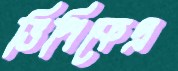
ভিপিকেএ